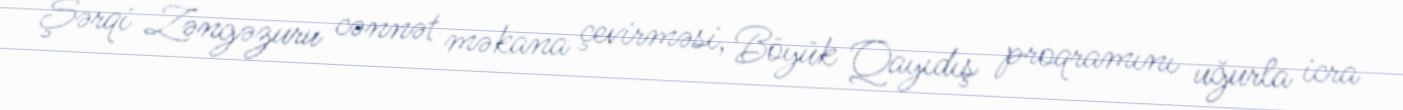
Şərqi Zəngəzuru cənnət məkana çevirməsi, Böyük Qayıdış proqramını uğurla icra